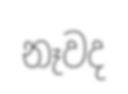
නෑවද